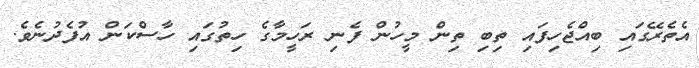
އެތެރޭގައި ބިއްޖެހިފައި ތިބި ތިން މީހުން ފެނި ރަހީމާގެ ހިތުގައި ހާސްކަން އުފެދުނެވެ.